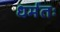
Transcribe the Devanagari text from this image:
धर्मतः